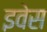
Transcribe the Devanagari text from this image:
इवेस